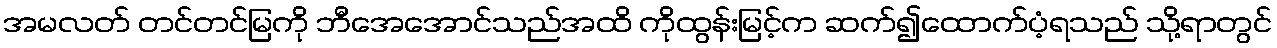
အမလတ် တင်တင်မြကို ဘီအေအောင်သည်အထိ ကိုထွန်းမြင့်က ဆက်၍ထောက်ပံ့ရသည် သို့ရာတွင်